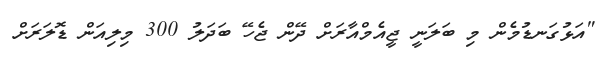
"އަޅުގަނޑުމެން މި ބަލަނީ ޖީއެމްއާރަށް ދޭން ޖެހޭ ބަދަލު 300 މިލިއަން ޑޮލަރަށް